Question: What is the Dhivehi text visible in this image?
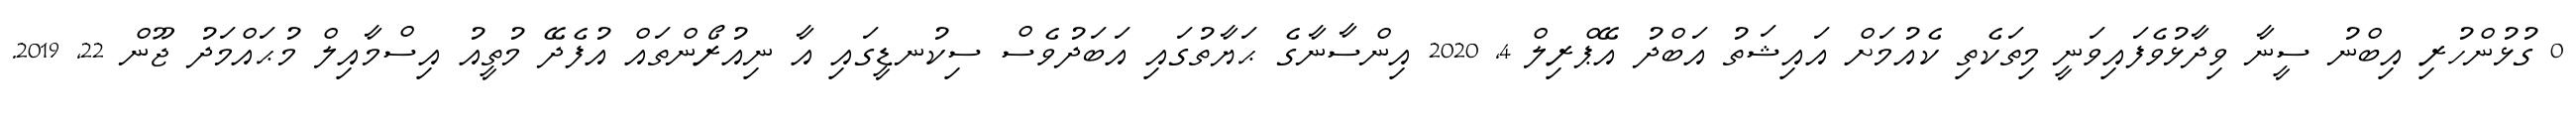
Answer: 0 ގުޅުންހުރި އިބްނު ސީނާ ވިދާޅުވެފައިވަނީ މިތަކެތި ކެއުމަށް އައިޝަތު އަބްދު އޭޕްރިލް 4, 2020 އިންސާނާގެ ޙަޔާތުގައި އަބަދުވެސް ސިކުނޑީގައި އާ ނިއުރޯންތައް އުފެދޭ މުތީއު އިސްމާއިލް މުޙައްމަދު ޖޫން 22, 2019.